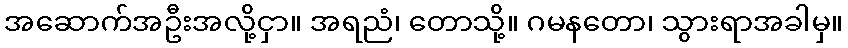
အဆောက်အဦးအလို့ငှာ။ အရညံ၊ တောသို့။ ဂမနတော၊ သွားရာအခါမှ။